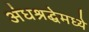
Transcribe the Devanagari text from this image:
अंधश्रद्धेमध्ये